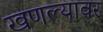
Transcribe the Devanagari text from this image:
खणल्यावर